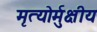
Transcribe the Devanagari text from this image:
मृत्‍योर्मुक्षीय